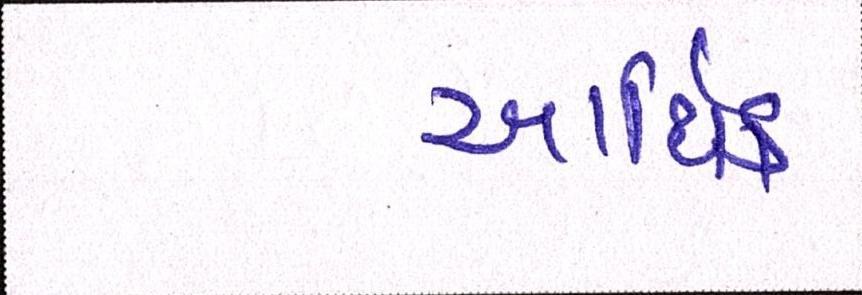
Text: આર્થિક